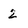
Character: 2